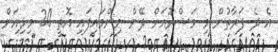
އެ ދެ ފަރާތުން މި މަޝްރޫއަށް ދޭން ނިންމައިފައި އޮތީ 20 މިލިއަން